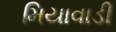
મિયાવાડી